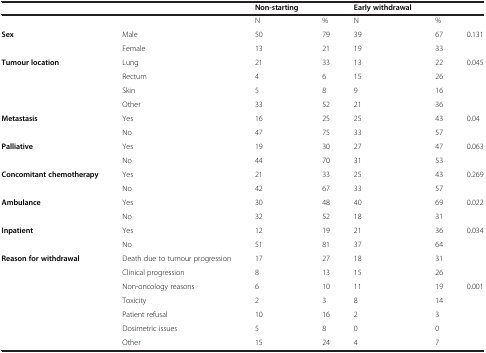
<table><thead><tr><td></td><td></td><td><b>Non-starting</b></td><td></td><td><b>Early withdrawal</b></td><td></td><td></td></tr></thead><tbody><tr><td></td><td></td><td>N</td><td>%</td><td>N</td><td>%</td><td></td></tr><tr><td><b>Sex</b></td><td>Male</td><td>50</td><td>79</td><td>39</td><td>67</td><td>0.131</td></tr><tr><td></td><td>Female</td><td>13</td><td>21</td><td>19</td><td>33</td><td></td></tr><tr><td><b>Tumour location</b></td><td>Lung</td><td>21</td><td>33</td><td>13</td><td>22</td><td>0.045</td></tr><tr><td></td><td>Rectum</td><td>4</td><td>6</td><td>15</td><td>26</td><td></td></tr><tr><td></td><td>Skin</td><td>5</td><td>8</td><td>9</td><td>16</td><td></td></tr><tr><td></td><td>Other</td><td>33</td><td>52</td><td>21</td><td>36</td><td></td></tr><tr><td><b>Metastasis</b></td><td>Yes</td><td>16</td><td>25</td><td>25</td><td>43</td><td>0.04</td></tr><tr><td></td><td>No</td><td>47</td><td>75</td><td>33</td><td>57</td><td></td></tr><tr><td><b>Palliative</b></td><td>Yes</td><td>19</td><td>30</td><td>27</td><td>47</td><td>0.063</td></tr><tr><td></td><td>No</td><td>44</td><td>70</td><td>31</td><td>53</td><td></td></tr><tr><td><b>Concomitant chemotherapy</b></td><td>Yes</td><td>21</td><td>33</td><td>25</td><td>43</td><td>0.269</td></tr><tr><td></td><td>No</td><td>42</td><td>67</td><td>33</td><td>57</td><td></td></tr><tr><td><b>Ambulance</b></td><td>Yes</td><td>30</td><td>48</td><td>40</td><td>69</td><td>0.022</td></tr><tr><td></td><td>No</td><td>32</td><td>52</td><td>18</td><td>31</td><td></td></tr><tr><td><b>Inpatient</b></td><td>Yes</td><td>12</td><td>19</td><td>21</td><td>36</td><td>0.034</td></tr><tr><td></td><td>No</td><td>51</td><td>81</td><td>37</td><td>64</td><td></td></tr><tr><td><b>Reason for withdrawal</b></td><td>Death due to tumour progression</td><td>17</td><td>27</td><td>18</td><td>31</td><td></td></tr><tr><td></td><td>Clinical progression</td><td>8</td><td>13</td><td>15</td><td>26</td><td></td></tr><tr><td></td><td>Non-oncology reasons</td><td>6</td><td>10</td><td>11</td><td>19</td><td>0.001</td></tr><tr><td></td><td>Toxicity</td><td>2</td><td>3</td><td>8</td><td>14</td><td></td></tr><tr><td></td><td>Patient refusal</td><td>10</td><td>16</td><td>2</td><td>3</td><td></td></tr><tr><td></td><td>Dosimetric issues</td><td>5</td><td>8</td><td>0</td><td>0</td><td></td></tr><tr><td></td><td>Other</td><td>15</td><td>24</td><td>4</td><td>7</td><td></td></tr></tbody></table>